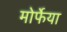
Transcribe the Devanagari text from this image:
मोर्फेया